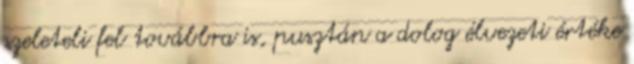
szeleteli fel továbbra is, pusztán a dolog élvezeti értéke